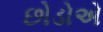
છોડોએ